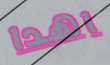
اهدا